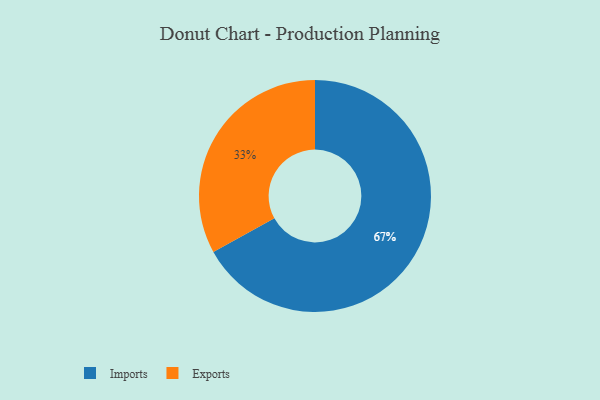
{"axis": {"x": "Category", "y": "Percentage"}, "legend": ["Exports", "Imports"], "data": [{"x": "Exports", "y": 33, "type": "Exports"}, {"x": "Imports", "y": 67, "type": "Imports"}]}